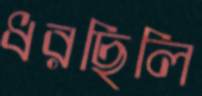
ধরছিলি